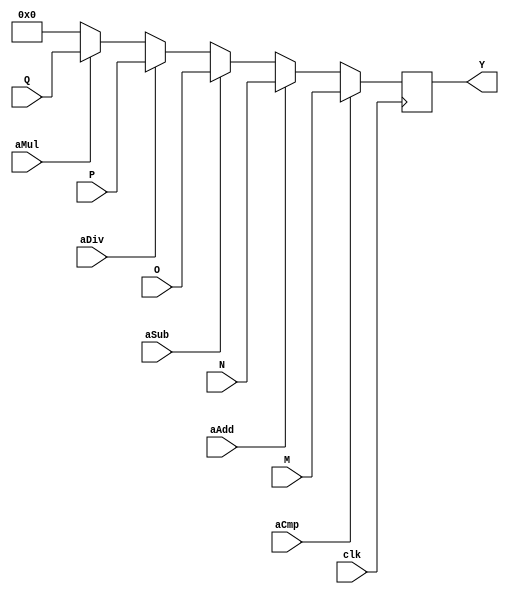
module RST(
	Y,
	M,
	N,
	O,
	P,
	Q,
	aCmp,
	aAdd,
	aSub,
	aDiv,
	aMul,
	clk
);

output reg [7:0] Y;
input wire [7:0] M;
input wire [7:0] N;
input wire [7:0] O;
input wire [7:0] P;
input wire [7:0] Q;
input wire	aCmp;
input wire	aAdd;
input wire	aSub;
input wire	aDiv;
input wire	aMul;
input wire	clk;

always @(posedge clk) begin
	
	if(aCmp)
	 Y<=M;
	else if(aAdd)
	 Y<=N;
	else if(aSub)
	 Y<=O;
	else if(aDiv)
	 Y<=P;
	else if(aMul)
	 Y<=Q;
	else
	 Y <= 8'b00000000;
	
end


endmodule